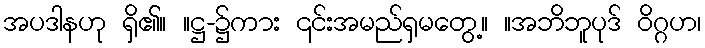
အပဒါနဟု ရှိ၏။ ။ဋ္ဌ-၌ကား ၎င်းအမည်ရှမတွေ့။ ။အဘိဘူပုဒ် ဝိဂ္ဂဟ၊